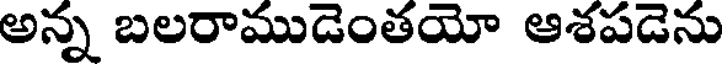
అన్న బలరాముడెంతయో ఆశపడెను